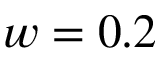
w = 0 . 2